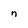
Character: n